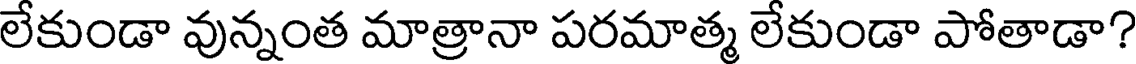
లేకుండా వున్నంత మాత్రానా పరమాత్మ లేకుండా పోతాడా?